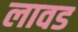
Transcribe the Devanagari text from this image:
लावड